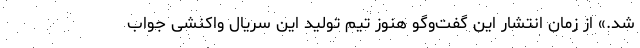
شد.» از زمان انتشار این گفت‌وگو هنوز تیم تولید این سریال واکنشی جواب